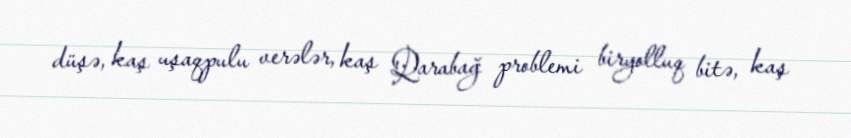
düşə, kaş uşaqpulu verələr, kaş Qarabağ problemi biryolluq bitə, kaş